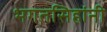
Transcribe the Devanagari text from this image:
भगतसिहांनी